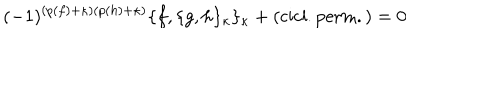
( - 1 ) ^ { ( p ( f ) + \kappa ) ( p ( h ) + \kappa ) } \{ f , \{ g , h \} _ { \kappa } \} _ { \kappa } + \mathrm { { ( c i c l . p e r m . ) } } = 0